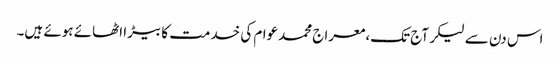
اس دن سے لیکر آج تک،معراج محمدعوام کی خدمت کا بیڑا اٹھائے ہوئے ہیں۔